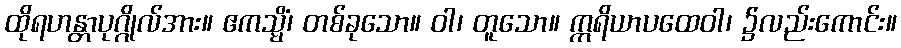
ထိုရဟန္တာပုဂ္ဂိုလ်အား။ ဧကသ္မိံ၊ တစ်ခုသော။ ဝါ၊ တူသော။ ဣရိယာပထေဝါ၊ ၌လည်းကောင်း။